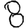
Digit: 8